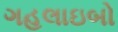
ગહલાઇબો